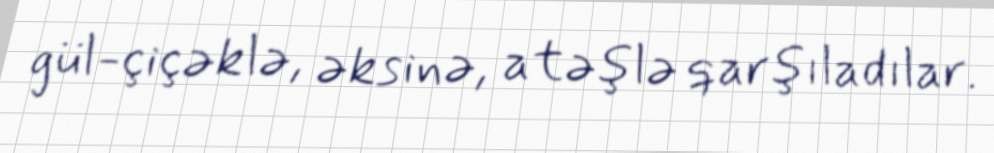
gül-çiçəklə, əksinə, atəşlə qarşıladılar.